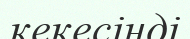
кекесінді